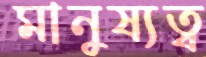
মানুষ্যত্ব